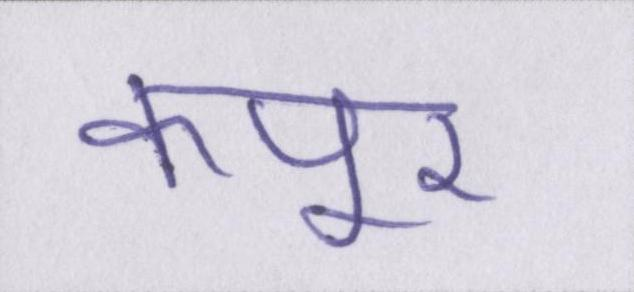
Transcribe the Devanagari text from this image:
कपूर